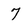
Character: 7